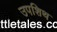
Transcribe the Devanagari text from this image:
उपशिथ